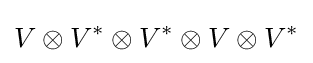
V\otimes V^{*}\otimes V^{*}\otimes V\otimes V^{*}